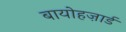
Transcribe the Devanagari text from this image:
बायोहज़ार्ड